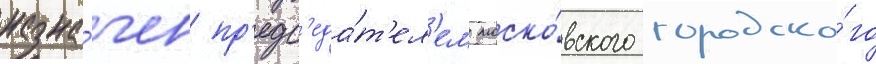
назна́чен пр'едс'еда́т'ел'ем моско́вского городско́го